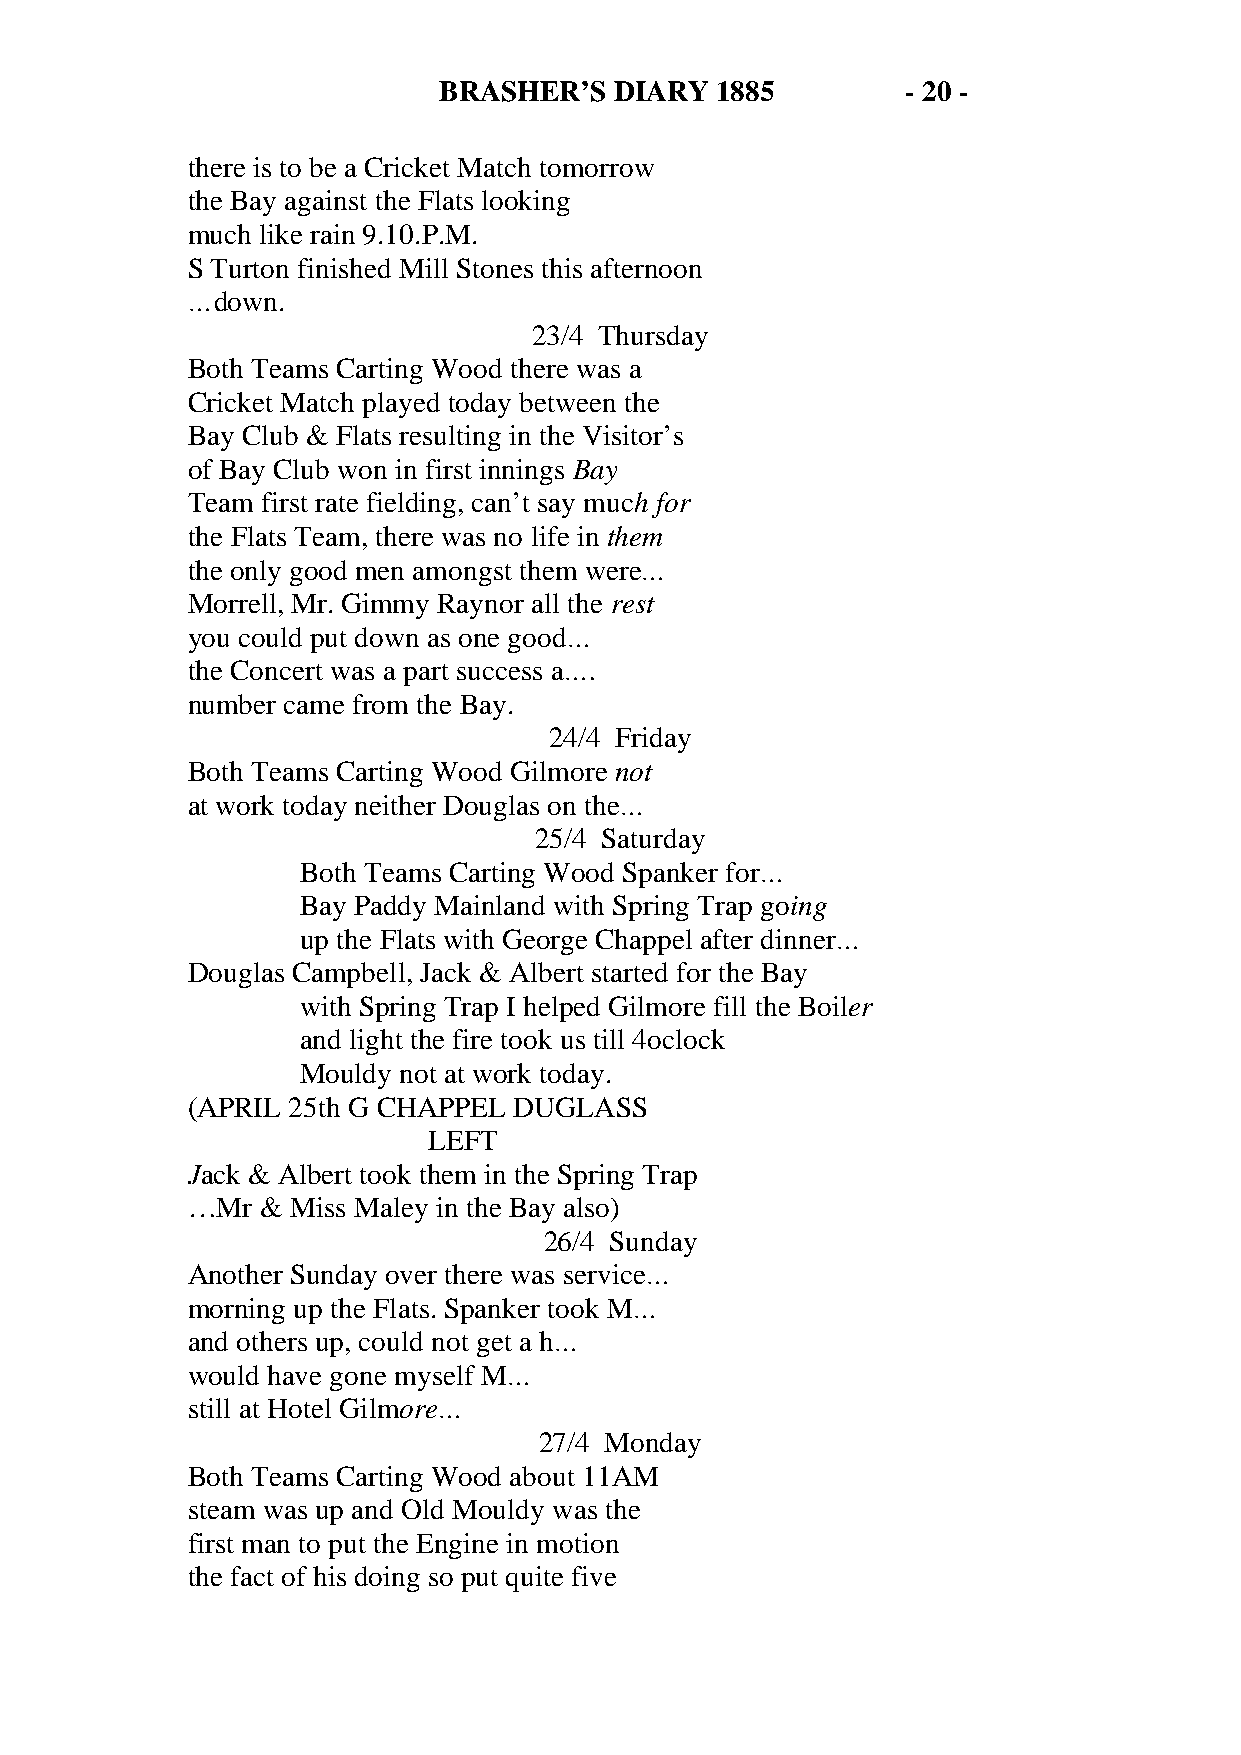
BRASHER’S   DIARY 1885         - 20 -
 there is to be a Cricket Match tomorrow
 the Bay against the Flats looking
 much like rain 9.10.P.M.
 S Turton finished Mill Stones this afternoon
 …down.
 23/4 Thursday
 Both Teams Carting Wood there was a
 Cricket Match played today between the
 Bay Club & Flats resulting in the Visitor’s
 of Bay Club won in first innings Bay
 Team first rate fielding, can’t say much for
 the Flats Team, there was no life in them
 the only good men amongst them were…
 Morrell, Mr. Gimmy Raynor all the rest
 you could put down as one good…
 the Concert was a part success a….
 number came from the Bay.
 24/4 Friday
 Both Teams Carting Wood Gilmore not
 at work today neither Douglas on the…
 25/4 Saturday
 Both Teams Carting Wood Spanker for…
 Bay Paddy Mainland with Spring Trap going
 up the Flats with George Chappel after dinner…
 Douglas Campbell, Jack & Albert started for the Bay
 with Spring Trap I helped Gilmore fill the Boiler
 and light the fire took us till 4oclock
 Mouldy not at work today.
 (APRIL 25th G CHAPPEL DUGLASS
 LEFT
 Jack & Albert took them in the Spring Trap
 …Mr  & Miss Maley in the Bay also)
 26/4 Sunday
 Another Sunday over there was service…
 morning up the Flats. Spanker took M…
 and others up, could not get a h…
 would have gone myself M…
 still at Hotel Gilmore…
 27/4 Monday
 Both Teams Carting Wood about 11AM
 steam was up and Old Mouldy was the
 first man to put the Engine in motion
 the fact of his doing so put quite five